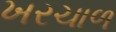
ખરચાળ